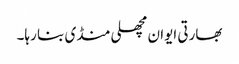
بھارتی ایوان مچھلی منڈی بنا رہا۔